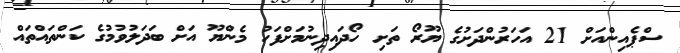
ސްޕެއިންއަށް 21 އަހަރުންދަށުގެ ޔޫރޯ ތަށި ހޯދައިދިނުމަށްފަހު މެންޔޫ އަށް ބަދަލުވުމުގެ ކަންތައްތައް